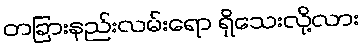
တခြားနည်းလမ်းရော ရှိသေးလို့လား